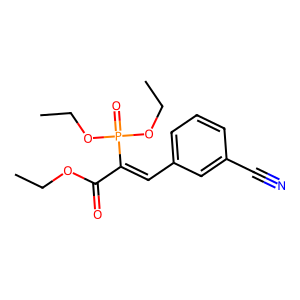
SMILES: CCOC(=O)C(=Cc1cccc(C#N)c1)P(=O)(OCC)OCC
Inhibits HIV replication: No